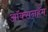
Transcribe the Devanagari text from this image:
ऑक्सनहॅम